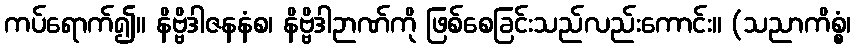
ကပ်ရောက်၍။ နိဗ္ဗိဒါဇနနံစ၊ နိဗ္ဗိဒါဉာဏ်ကို ဖြစ်စေခြင်းသည်လည်းကောင်း။ (သညာကိစ္စံ၊